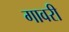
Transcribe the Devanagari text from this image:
गावरी